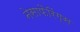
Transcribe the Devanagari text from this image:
नेसाफैरिंग्स